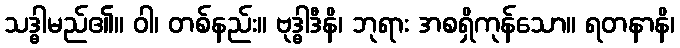
သဒ္ဓါမည်၏။ ဝါ၊ တစ်နည်း။ ဗုဒ္ဓါဒီနိ၊ ဘုရား အစရှိကုန်သော။ ရတနာနိ၊